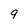
Character: 9